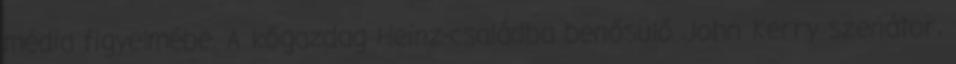
média figyelmébe. A kőgazdag Heinz-családba benősülő John Kerry szenátor,